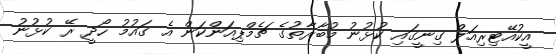
އީކުއޭޓިރިއަލް ގިނީގައި ކުޅުނު މުބާރާތުގެ ޗެމްޕިއަންކަން އެ ގައުމު ހޯދީ ރޭ ކުޅުނު